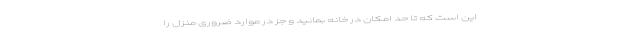
این است که تا حد امکان در خانه بمانید و جز در موارد ضروری منزل را